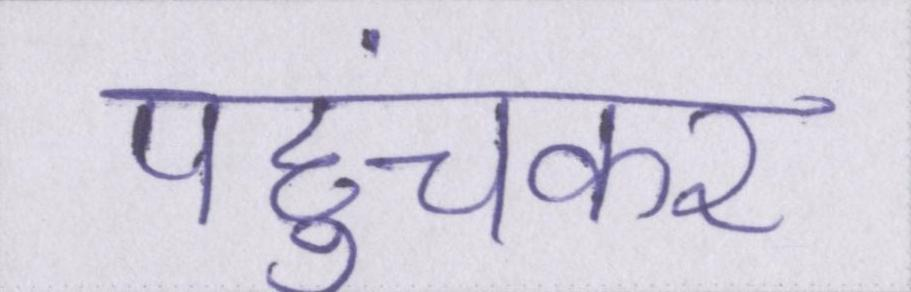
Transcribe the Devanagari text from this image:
पहुंचकर